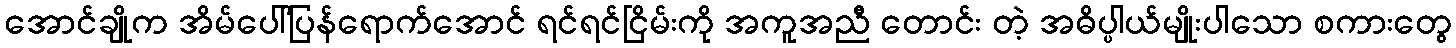
အောင်ချိုက အိမ်ပေါ်ပြန်ရောက်အောင် ရင်ရင်ငြိမ်းကို အကူအညီ တောင်း တဲ့ အဓိပ္ပါယ်မျိုးပါသော စကားတွေ